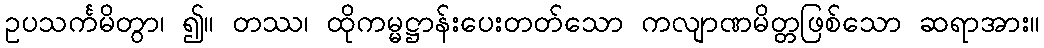
ဥပသင်္ကမိတွာ၊ ၍။ တဿ၊ ထိုကမ္မဋ္ဌာန်းပေးတတ်သော ကလျာဏမိတ္တဖြစ်သော ဆရာအား။